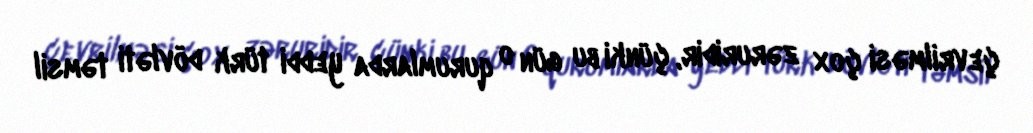
çevrilməsi çox zəruridir, çünki bu gün o qurumlarda yeddi türk dövləti təmsil